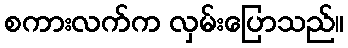
စကားလက်က လှမ်းပြောသည်။